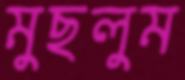
মুছলুম